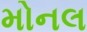
મોનલ